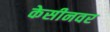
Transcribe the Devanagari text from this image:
केसीनवर